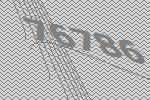
76786